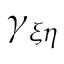
\gamma _ { \xi \eta }